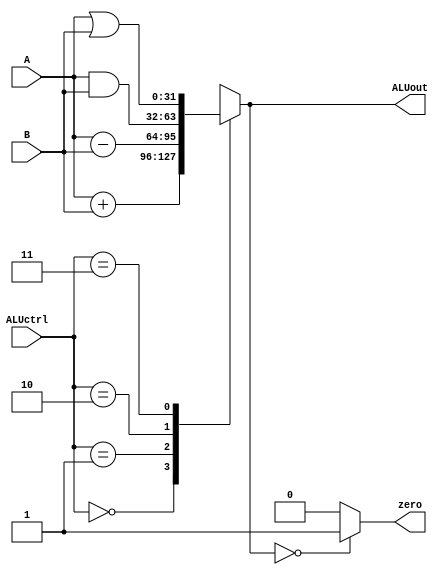
module Alu (
    input wire [1:0] ALUctrl,
    input wire [31:0] A, B,
    output reg [31:0] ALUout,
    output wire zero
);

assign zero = (ALUout == 32'b0) ? 1'b1 : 1'b0;

always @(*)
begin
    case(ALUctrl)
        2'b00: ALUout = A + B;
        2'b01: ALUout = A - B;
        2'b10: ALUout = A & B;
        2'b11: ALUout = A | B;
        default: ALUout = 32'b0;
    endcase
end

endmodule